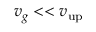
v _ { g } < < v _ { \mathrm { u p } }